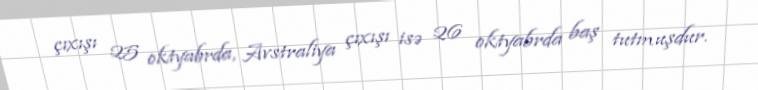
çıxışı 25 oktyabrda, Avstraliya çıxışı isə 26 oktyabrda baş tutmuşdur.